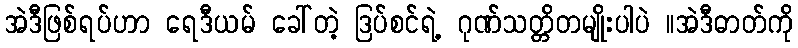
အဲဒီဖြစ်ရပ်ဟာ ရေဒီယမ် ခေါ်တဲ့ ဒြပ်စင်ရဲ့ ဂုဏ်သတ္တိတမျိုးပါပဲ ။အဲဒီဓာတ်ကို